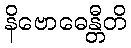
နိဗောဓေန္တီတိ